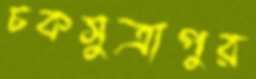
চকসুত্রাপুর